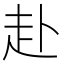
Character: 赴